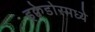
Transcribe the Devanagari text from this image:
इक्वेडोरमध्ये